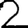
Digit: 2